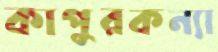
কাপুরকন্যা